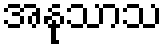
အနုသာသ